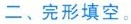
二、完形填空。